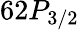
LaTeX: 62P_{3/2}